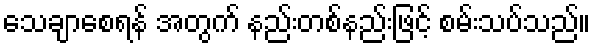
သေချာစေရန် အတွက် နည်းတစ်နည်းဖြင့် စမ်းသပ်သည်။